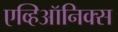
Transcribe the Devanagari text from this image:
एव्हिऑनिक्स